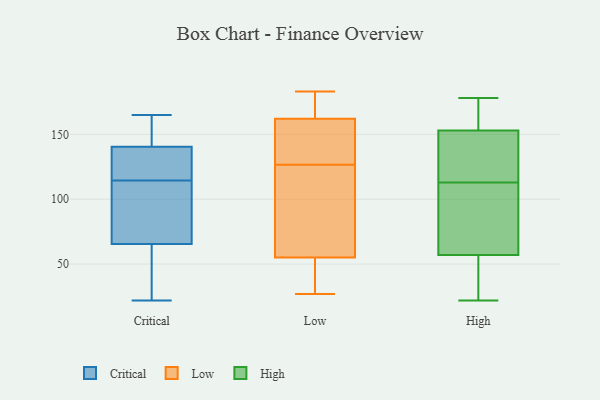
{"axis": {"x": "LTV (USD)", "y": "Value"}, "legend": ["Critical", "High", "Low"], "data": [{"x": "", "y": 141, "type": "Critical"}, {"x": "", "y": 66, "type": "Critical"}, {"x": "", "y": 116, "type": "Critical"}, {"x": "", "y": 105, "type": "Critical"}, {"x": "", "y": 84, "type": "Critical"}, {"x": "", "y": 33, "type": "Critical"}, {"x": "", "y": 140, "type": "Critical"}, {"x": "", "y": 133, "type": "Critical"}, {"x": "", "y": 34, "type": "Critical"}, {"x": "", "y": 113, "type": "Critical"}, {"x": "", "y": 122, "type": "Critical"}, {"x": "", "y": 22, "type": "Critical"}, {"x": "", "y": 145, "type": "Critical"}, {"x": "", "y": 65, "type": "Critical"}, {"x": "", "y": 162, "type": "Critical"}, {"x": "", "y": 165, "type": "Critical"}, {"x": "", "y": 156, "type": "Low"}, {"x": "", "y": 150, "type": "Low"}, {"x": "", "y": 183, "type": "Low"}, {"x": "", "y": 75, "type": "Low"}, {"x": "", "y": 27, "type": "Low"}, {"x": "", "y": 87, "type": "Low"}, {"x": "", "y": 172, "type": "Low"}, {"x": "", "y": 168, "type": "Low"}, {"x": "", "y": 183, "type": "Low"}, {"x": "", "y": 49, "type": "Low"}, {"x": "", "y": 123, "type": "Low"}, {"x": "", "y": 129, "type": "Low"}, {"x": "", "y": 172, "type": "Low"}, {"x": "", "y": 37, "type": "Low"}, {"x": "", "y": 51, "type": "Low"}, {"x": "", "y": 59, "type": "Low"}, {"x": "", "y": 124, "type": "Low"}, {"x": "", "y": 37, "type": "Low"}, {"x": "", "y": 154, "type": "Low"}, {"x": "", "y": 133, "type": "Low"}, {"x": "", "y": 22, "type": "High"}, {"x": "", "y": 119, "type": "High"}, {"x": "", "y": 178, "type": "High"}, {"x": "", "y": 153, "type": "High"}, {"x": "", "y": 107, "type": "High"}, {"x": "", "y": 57, "type": "High"}, {"x": "", "y": 136, "type": "High"}, {"x": "", "y": 171, "type": "High"}, {"x": "", "y": 90, "type": "High"}, {"x": "", "y": 23, "type": "High"}]}